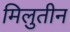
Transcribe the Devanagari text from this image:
मिलुतीन